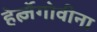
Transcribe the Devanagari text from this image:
हेर्त्ज़ेगोवीना